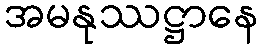
အမနုဿဋ္ဌာနေ